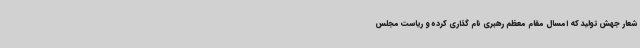
شعار جهش تولید که امسال مقام معظم رهبری نام گذاری کرده و ریاست مجلس